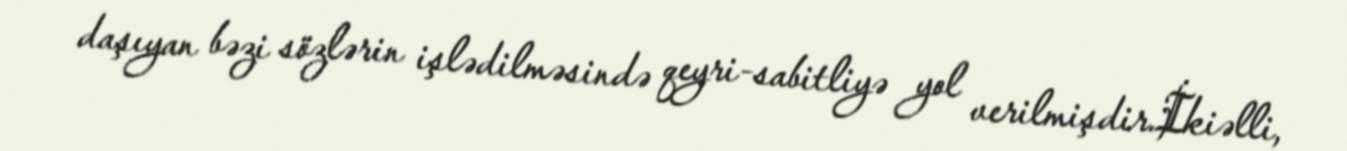
daşıyan bəzi sözlərin işlədilməsində qeyri-sabitliyə yol verilmişdir.İkiəlli,